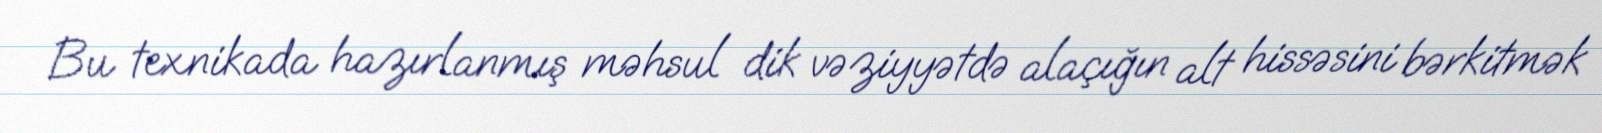
Bu texnikada hazırlanmış məhsul dik vəziyyətdə alaçığın alt hissəsini bərkitmək